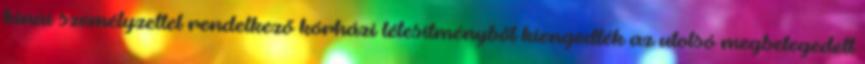
kínai személyzettel rendelkező kórházi létesítményből kiengedték az utolsó megbetegedett